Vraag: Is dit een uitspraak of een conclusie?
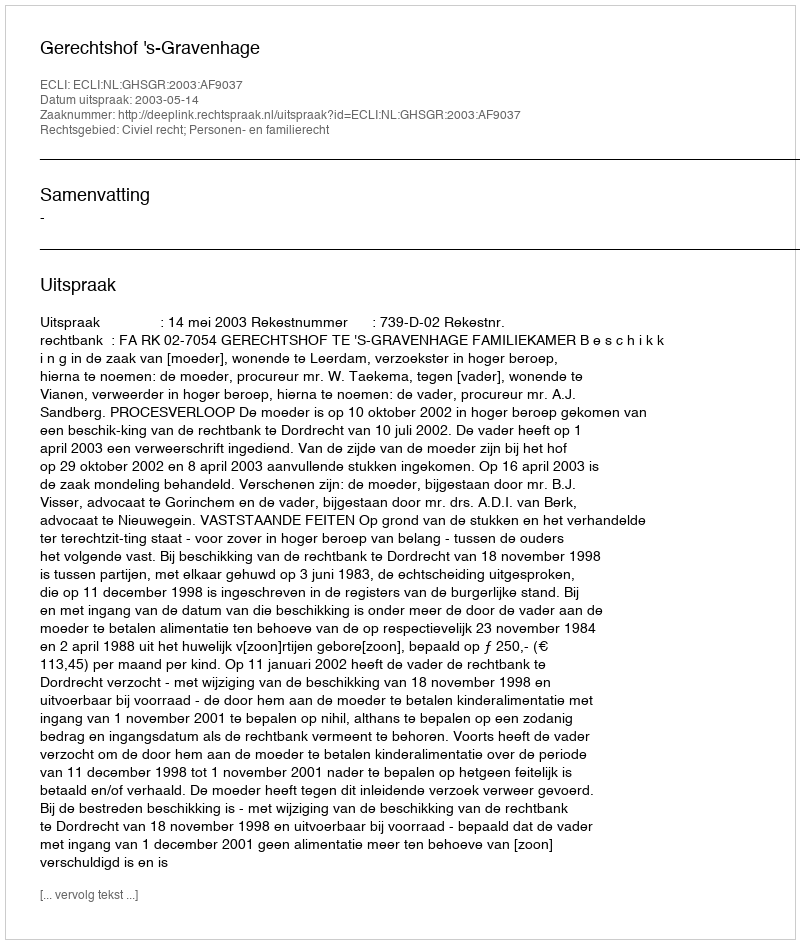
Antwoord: Uitspraak